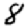
Digit: 8